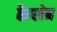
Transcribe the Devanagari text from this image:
कैप्लेन